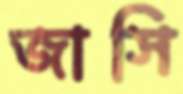
জাসি